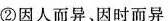
②因人而异、因时而异